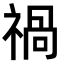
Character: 禍